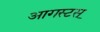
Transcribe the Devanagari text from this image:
आगस्टस्